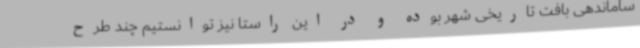
ساماندهی بافت تاریخی شهر بوده و در این راستا نیز توانستیم چند طرح